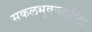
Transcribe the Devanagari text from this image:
सकलभुवनसृष्टिः